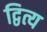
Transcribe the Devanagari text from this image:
द्वित्य